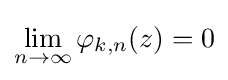
\lim _{n\to \infty }\varphi _{k,n}(z)=0